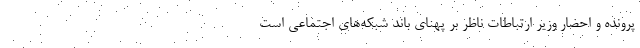
پرونده و احضار وزیر ارتباطات ناظر بر پهنای باند شبکه‌های اجتماعی است